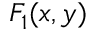
F _ { 1 } ( x , y )